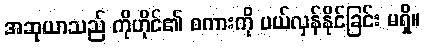
အဆုယာသည် ကိုဟိုင်၏ စကားကို ပယ်လှန်နိုင်ခြင်း မရှိ။